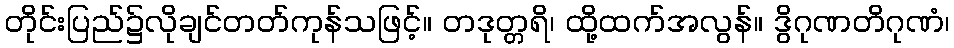
တိုင်းပြည်၌လိုချင်တတ်ကုန်သဖြင့်။ တဒုတ္တရိ၊ ထို့ထက်အလွန်။ ဒွိဂုဏတိဂုဏံ၊